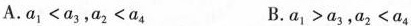
A.$$a _ { 1 } < a _ { 3 }$$,$$a _ { 2 } < a _ { 4 }$$ B.$$a _ { 1 } > a _ { 3 }$$,$$a _ { 2 } < a _ { 4 }$$